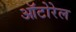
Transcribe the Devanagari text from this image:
ऑटोरेल